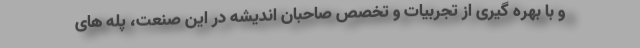
و با بهره گیری از تجربیات و تخصص صاحبان اندیشه در این صنعت، پله های